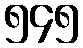
၅၄၅